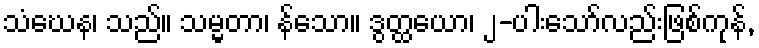
သံဃေန၊ သည်။ သမ္မတာ၊ န်သော။ ဒွတ္ထယော၊ ၂-ပါးသော်လည်းဖြစ်ကုန်,